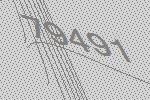
79491